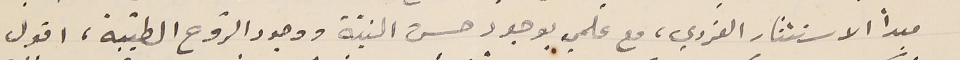
مبداً الاستئثار الفردي، مع علمي بوجود حسن النيّة ووجود الرّوح الطيّبة، اقول